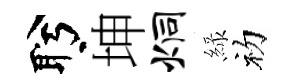
盻坤炯緑初